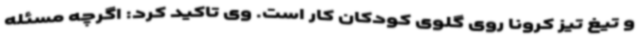
و تیغ تیز کرونا روی گلوی کودکان کار است. وی تاکید کرد: اگرچه مسئله